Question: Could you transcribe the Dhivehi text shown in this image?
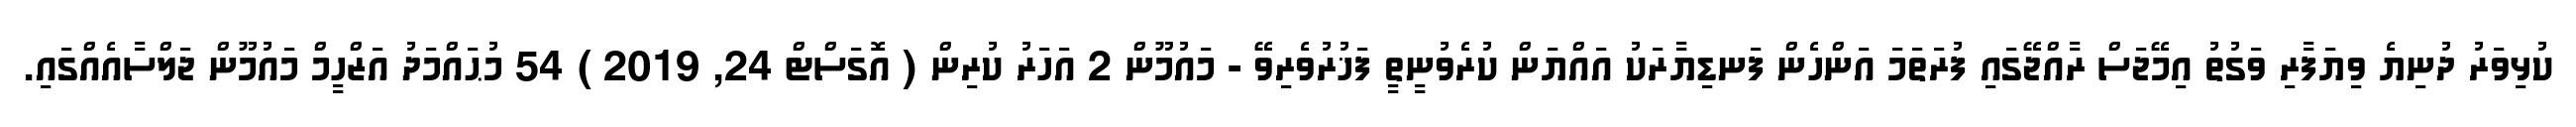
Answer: ކުޅިވަރު ދުނިޔެ ވިޔަފާރި ވަގުތު އިމޭޖަސް ރާއްޖޭގައި ފުރަތަމަ އަންހެން ފަނޑިޔާރަކު އައްޔަން ކުރެވުނީތީ ފަޚުރުވެރިވޭ - މައުމޫން 2 އަހަރު ކުރިން ( އޮގަސްޓް 24, 2019 ) 54 މުޙައްމަދު އަޒްހީމް މައުމޫން ޖަލްސާއެއްގައި.